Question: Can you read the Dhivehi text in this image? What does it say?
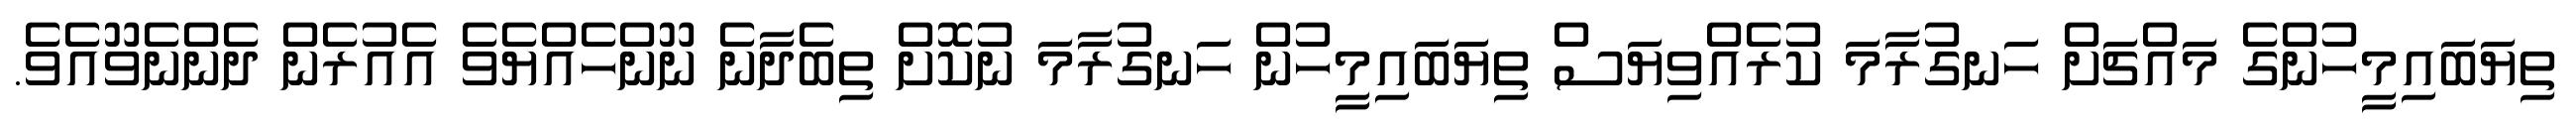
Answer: ތިޔަބައިމީހުންގެ މައްޗަށް ހަނގުރާމަ ކުރެއްވިޔަސް ތިޔަބައިމީހުން ހަނގުރާމަ ނުކޮށް ތިބެދާނެ ނޫންހެއްޔެވެ އެއުރެން ދެންނެވޫއެވެ.